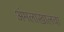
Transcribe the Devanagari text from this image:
अंमलाखालचा